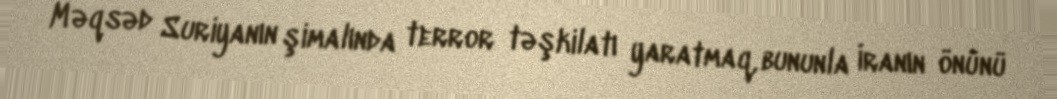
Məqsəd Suriyanın şimalında terror təşkilatı yaratmaq, bununla İranın önünü